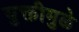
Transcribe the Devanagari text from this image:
युक्तीमुळे